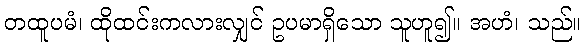
တထူပမံ၊ ထိုထင်းကလားလျှင် ဥပမာရှိသော သူဟူ၍။ အဟံ၊ သည်။